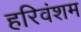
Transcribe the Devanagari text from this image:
हरिवंशम